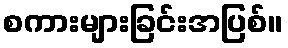
စကားများခြင်းအပြစ်။